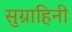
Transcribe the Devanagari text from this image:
सुग्राहिनी